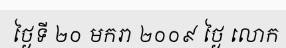
ថ្ងៃទី ២០ មករា ២០០៩ ថ្ងៃ លោក